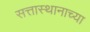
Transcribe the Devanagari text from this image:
सत्तास्थानाच्या